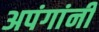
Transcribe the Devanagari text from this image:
अपंगांनी